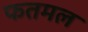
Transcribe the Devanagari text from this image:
फतमल